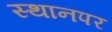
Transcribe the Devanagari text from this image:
स्‍थानपर